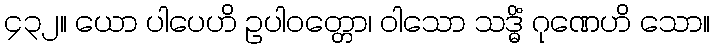
၄၃၂။ ယော ပါပေဟိ ဥပါဝတ္တော၊ ဝါသော သဒ္ဓိံ ဂုဏေဟိ သော။